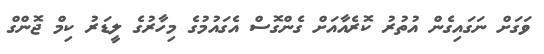
ވަގަށް ނަގައިގެން އުތުރު ކޮރެއާއަށް ގެންގޮސް އެގައުމުގެ މިހާރުގެ ލީޑަރު ކިމް ޖޮންގް